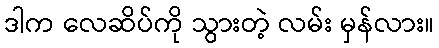
ဒါက လေဆိပ်ကို သွားတဲ့ လမ်း မှန်လား။